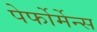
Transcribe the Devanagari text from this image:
पेर्फोर्मेन्स